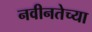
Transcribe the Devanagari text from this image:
नवीनतेच्या